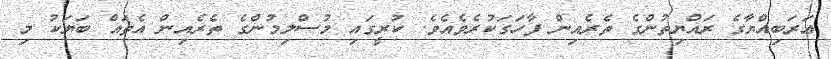
ޢަރަބިއްޔާގެ ރައްޔިތުންގެ ތެރެއިން ފާހަގަކުރެވެއެވެ. ކުރީގައި މުސްލިމުންގެ ތެރެއިން އެތައް ބަޔަކު މި